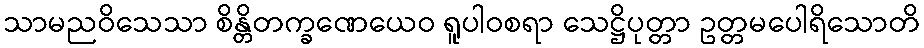
သာမညဝိသေသာ စိန္တိတက္ခဏေယေဝ ရူပါဝစရာ သေဋ္ဌိပုတ္တာ ဥတ္တမပေါရိသောတိ